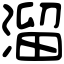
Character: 溜